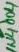
Text: 1N4004